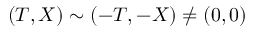
( T , X ) \sim ( - T , - X ) \neq ( 0 , 0 )